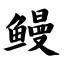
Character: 鳗